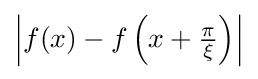
\left|f(x)-f\left(x+{\tfrac {\pi }{\xi }}\right)\right|